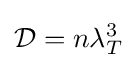
{\mathcal {D}}=n\lambda _{T}^{3}